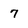
Character: 7